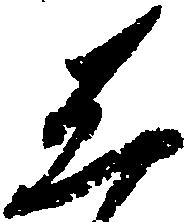
し